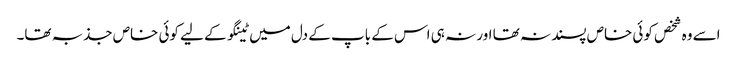
اسے وہ شخص کوئی خاص پسند نہ تھا اور نہ ہی اس کے باپ کے دل میں ٹینگو کے لیے کوئی خاص جذبہ تھا۔